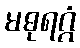
မဓုရဂ္ဂံ